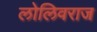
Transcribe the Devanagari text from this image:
लोलिवराज